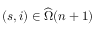
( s , i ) \in \widehat { \Omega } ( n + 1 )